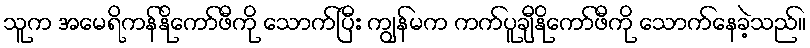
သူက အမေရိကန်နိုကော်ဖီကို သောက်ပြီး ကျွန်မက ကက်ပူချီနိုကော်ဖီကို သောက်နေခဲ့သည်။